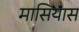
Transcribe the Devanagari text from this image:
मासियास